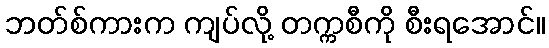
ဘတ်စ်ကားက ကျပ်လို့ တက္ကစီကို စီးရအောင်။